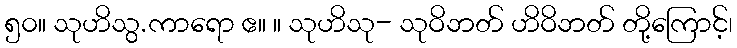
၅၀။ သုဟိသွ.ကာရော ဧ။ ။ သုဟိသု- သုဝိဘတ် ဟိဝိဘတ် တို့ကြောင့်၊